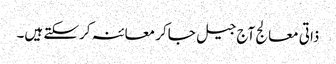
ذاتی معالج آج جیل جاکر معائنہ کرسکتے ہیں۔